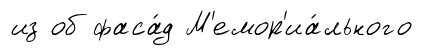
из об фаса́д М'емор'иа́льного